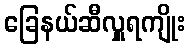
ခြေနယ်ဆီလှူရကျိုး